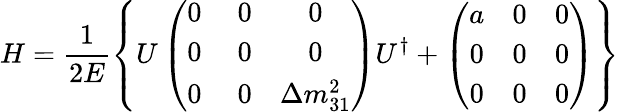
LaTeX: H=\frac{1}{2E}\left\{ U\left(\begin{array}{ccc}{{0}}&{{\; 0}}&{{0}}\\ {{0}}&{{\; 0}}&{{0}}\\ {{0}}&{{\; 0}}&{{\Delta m_{31}^{2}}}\end{array}\right)U^{\dagger}+\left(\begin{array}{ccc}{{a}}&{{0}}&{{0}}\\ {{0}}&{{0}}&{{0}}\\ {{0}}&{{0}}&{{0}}\end{array}\right)\right\}